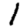
Digit: 1